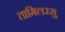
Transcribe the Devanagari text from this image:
तामिलरसु